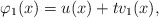
\begin{align*}\varphi_1(x)=u(x)+tv_1 (x), \end{align*}